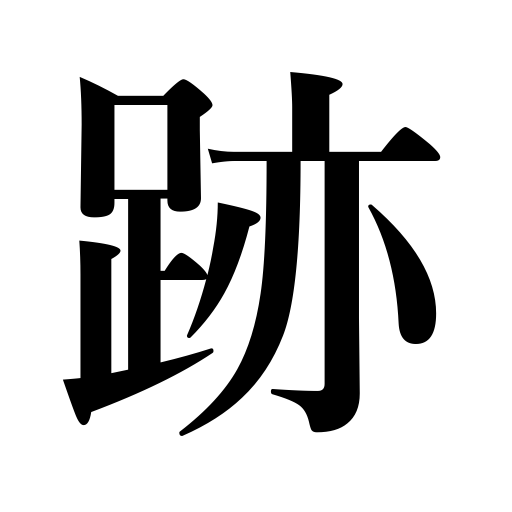
Meanings: marks,ruins,precedent,print,trail,scar,traces,wake,evidence,impression,trace,track,mark